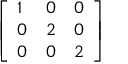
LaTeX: \left[ \begin{array} { l l l } { 1 } & { 0 } & { 0 } \\ { 0 } & { 2 } & { 0 } \\ { 0 } & { 0 } & { 2 } \end{array} \right]